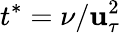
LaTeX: t^{*}=\nu/\mathbf{u}_{\tau}^{2}